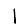
Digit: 1